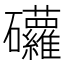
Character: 𥘁